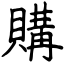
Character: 購